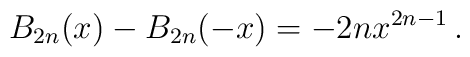
B_{2n}(x)-B_{2n}(-x)=-2nx^{2n-1}\,.